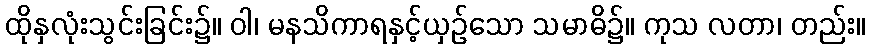
ထိုနှလုံးသွင်းခြင်း၌။ ဝါ၊ မနသိကာရနှင့်ယှဉ်သော သမာဓိ၌။ ကုသ လတာ၊ တည်း။